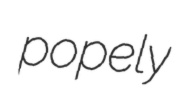
popely